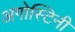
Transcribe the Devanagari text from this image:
अगोस्टिनी